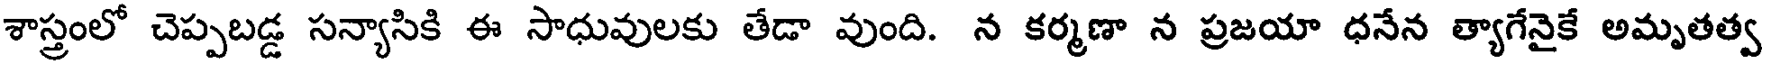
శాస్త్రంలో చెప్పబడ్డ సన్యాసికి ఈ సాధువులకు తేడా వుంది. న కర్మణా న ప్రజయా ధనేన త్యాగేనైకే అమృతత్వ